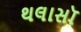
થલાસૉ